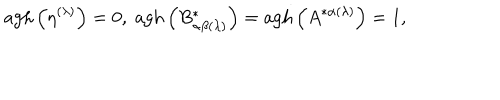
\mathrm { a g h } \left( \eta ^ { ( \lambda ) } \right) = 0 , \; \mathrm { a g h } \left( B _ { \alpha \beta ( \lambda ) } ^ { * } \right) = \mathrm { a g h } \left( A ^ { * \alpha ( \lambda ) } \right) = 1 ,